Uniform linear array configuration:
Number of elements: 48
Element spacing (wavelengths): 0.5
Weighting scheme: cosine
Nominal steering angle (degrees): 15
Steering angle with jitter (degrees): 15.022
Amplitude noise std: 0.05
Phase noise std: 0.05

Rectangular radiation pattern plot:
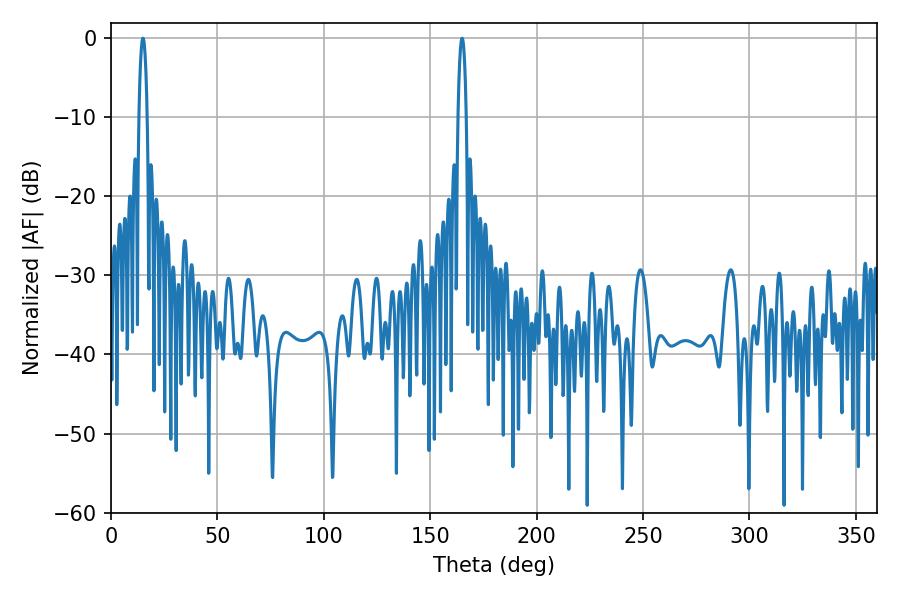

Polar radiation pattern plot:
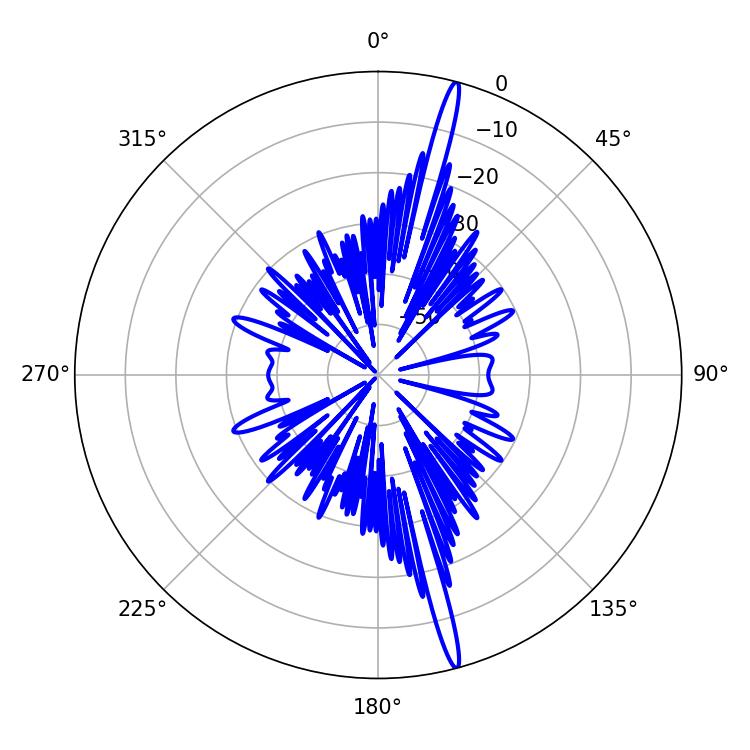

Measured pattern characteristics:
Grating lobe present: FALSE
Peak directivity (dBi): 19.484
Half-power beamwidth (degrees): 1.98
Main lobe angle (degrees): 14.94